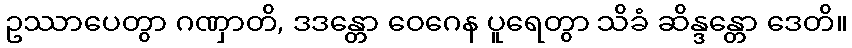
ဥဿာပေတွာ ဂဏှာတိ, ဒဒန္တော ဝေဂေန ပူရေတွာ သိခံ ဆိန္ဒန္တော ဒေတိ။